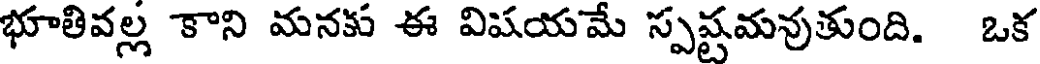
భూతివల్ల కాని మనకు ఈ విషయమే స్పష్టమవుతుంది. ఒక